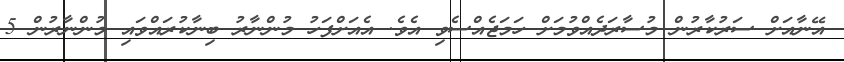
އޭނާއަށް ސަރުކާރުން މުސާރަދެއްވުމަށް ހަމަޖެއްސެވި އެވެ. އެއަށްފަހު މުންނާރު ބިނާކުރައްވައި މުންނާރުން 5